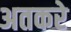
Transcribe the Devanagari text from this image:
अतकरे